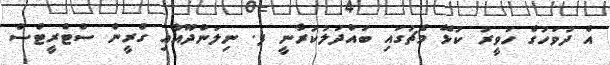
އެ ދުވަހުގެ ހަވީރު ކުޅޭ މެޗުގައި ބައްދަލުކުރާނީ ފ. ނިލަންދޫއާއި ގްރީން ސްޓްރީޓްސް